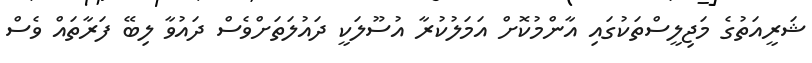
ޝަރީއަތުގެ މަޖިލީސްތަކުގައި އާންމުކޮށް އަމަލުކުރާ އުސޫލަކީ ދައުލަތަށްވެސް ދައުވާ ލިބޭ ފަރާތައް ވެސް